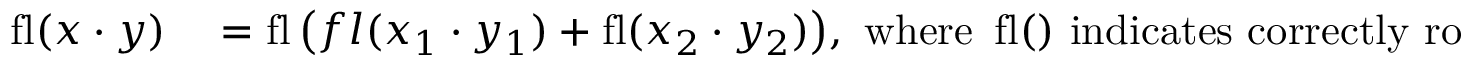
\begin{array} { r l } { \operatorname { f l } ( x \cdot y ) } & { { } = \operatorname { f l } { \big ( } f l ( x _ { 1 } \cdot y _ { 1 } ) + \operatorname { f l } ( x _ { 2 } \cdot y _ { 2 } ) { \big ) } , { \mathrm { ~ w h e r e ~ } } \operatorname { f l } ( ) { \mathrm { ~ i n d i c a t e s ~ c o r r e c t l y ~ r o u n d e d ~ f l o a t i n g - p o i n t ~ a r i t h m e t i c } } } \end{array}